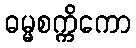
ဓမ္မစက္ကိကော